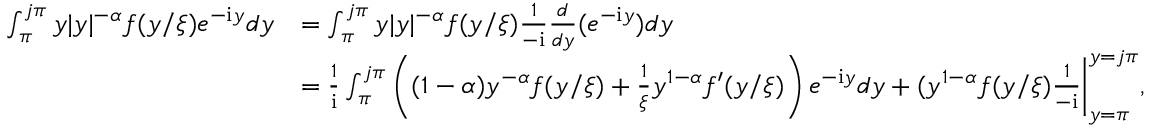
\begin{array} { r l } { \int _ { \pi } ^ { j \pi } y | y | ^ { - \alpha } f ( y / \xi ) e ^ { - \mathrm { i } y } d y } & { = \int _ { \pi } ^ { j \pi } y | y | ^ { - \alpha } f ( y / \xi ) \frac { 1 } { - \mathrm { i } } \frac { d } { d y } ( e ^ { - \mathrm { i } y } ) d y } \\ & { = \frac { 1 } { \mathrm { i } } \int _ { \pi } ^ { j \pi } \left( ( 1 - \alpha ) y ^ { - \alpha } f ( y / \xi ) + \frac { 1 } { \xi } y ^ { 1 - \alpha } f ^ { \prime } ( y / \xi ) \right) e ^ { - \mathrm { i } y } d y + ( y ^ { 1 - \alpha } f ( y / \xi ) \frac { 1 } { - \mathrm { i } } \bigg | _ { y = \pi } ^ { y = j \pi } , } \end{array}